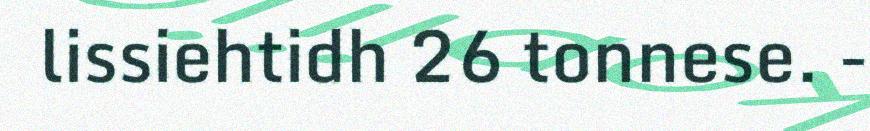
lissiehtidh 26 tonnese. -